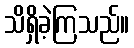
သိရှိခဲ့ကြသည်။